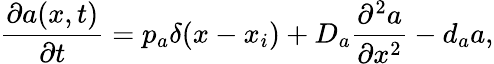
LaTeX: \frac{\partial a(x,t)}{\partial t}=p_{a}\delta(x-x_{i})+D_{a}\frac{\partial^{2}a}{\partial x^{2}}-d_{a}a,